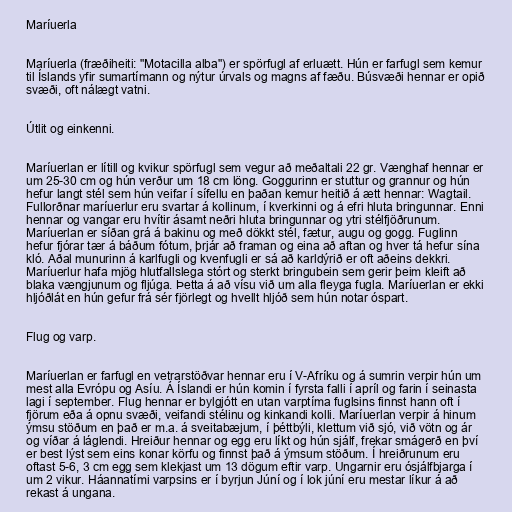
Maríuerla

Maríuerla (fræðiheiti: "Motacilla alba") er spörfugl af erluætt. Hún er farfugl sem kemur
til Íslands yfir sumartímann og nýtur úrvals og magns af fæðu. Búsvæði hennar er opið
svæði, oft nálægt vatni.

Útlit og einkenni.

Maríuerlan er lítill og kvikur spörfugl sem vegur að meðaltali 22 gr. Vænghaf hennar er
um 25-30 cm og hún verður um 18 cm löng. Goggurinn er stuttur og grannur og hún
hefur langt stél sem hún veifar í sífellu en þaðan kemur heitið á ætt hennar: Wagtail.
Fullorðnar maríuerlur eru svartar á kollinum, í kverkinni og á efri hluta bringunnar. Enni
hennar og vangar eru hvítir ásamt neðri hluta bringunnar og ytri stélfjöðrunum.
Maríuerlan er síðan grá á bakinu og með dökkt stél, fætur, augu og gogg. Fuglinn
hefur fjórar tær á báðum fótum, þrjár að framan og eina að aftan og hver tá hefur sína
kló. Aðal munurinn á karlfugli og kvenfugli er sá að karldýrið er oft aðeins dekkri.
Maríuerlur hafa mjög hlutfallslega stórt og sterkt bringubein sem gerir þeim kleift að
blaka vængjunum og fljúga. Þetta á að vísu við um alla fleyga fugla. Maríuerlan er ekki
hljóðlát en hún gefur frá sér fjörlegt og hvellt hljóð sem hún notar óspart.

Flug og varp.

Maríuerlan er farfugl en vetrarstöðvar hennar eru í V-Afríku og á sumrin verpir hún um
mest alla Evrópu og Asíu. Á Íslandi er hún komin í fyrsta falli í apríl og farin í seinasta
lagi í september. Flug hennar er bylgjótt en utan varptíma fuglsins finnst hann oft í
fjörum eða á opnu svæði, veifandi stélinu og kinkandi kolli. Maríuerlan verpir á hinum
ýmsu stöðum en það er m.a. á sveitabæjum, í þéttbýli, klettum við sjó, við vötn og ár
og víðar á láglendi. Hreiður hennar og egg eru líkt og hún sjálf, frekar smágerð en því
er best lýst sem eins konar körfu og finnst það á ýmsum stöðum. Í hreiðrunum eru
oftast 5-6, 3 cm egg sem klekjast um 13 dögum eftir varp. Ungarnir eru ósjálfbjarga í
um 2 vikur. Háannatími varpsins er í byrjun Júní og í lok júní eru mestar líkur á að
rekast á ungana.